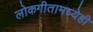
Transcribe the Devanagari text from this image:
लोकगीतामध्येही